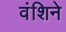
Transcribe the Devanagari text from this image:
वंशिने